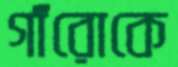
গাঁরোকে